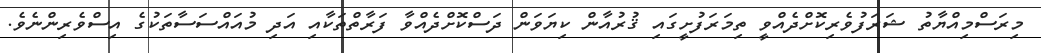
މިރަސްމިއްޔާތު ޝަރަފުވެރިކޮށްދެއްވީ ތިމަރަފުށީގައި ޤުރުއާން ކިޔަވަން ދަސްކޮށްދެއްވާ ފަރާތްތަކާއި އަދި މުއައްސަސާތަކުގެ އިސްވެރިންނެވެ.